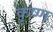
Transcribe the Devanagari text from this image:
कृष्‍ण्‍ा